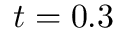
t = 0 . 3